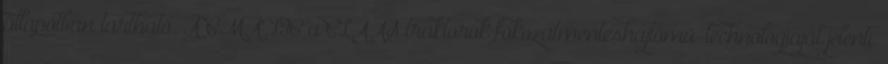
állapotban tartható. A CMATIC a CLAAS traktorok fokozatmenteshajtómű-technológiáját jelenti.